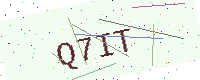
Text: Q7IT